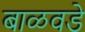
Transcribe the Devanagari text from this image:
बाळवडे